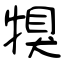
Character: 犑